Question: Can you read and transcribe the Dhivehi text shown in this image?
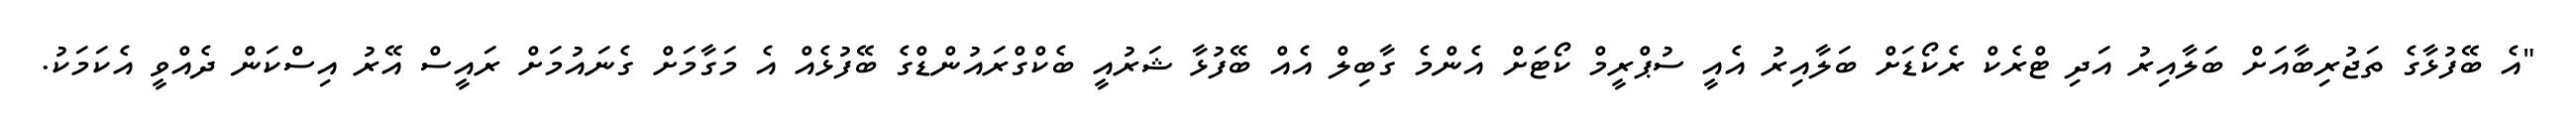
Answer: "އެ ބޭފުޅާގެ ތަޖުރިބާއަށް ބަލާއިރު އަދި ޓްރެކް ރެކޯޑަށް ބަލާއިރު އެއީ ސުޕްރީމް ކޯޓަށް އެންމެ ގާބިލް އެއް ބޭފުޅާ ޝަރުއީ ބެކްގްރައުންޑްގެ ބޭފުޅެއް އެ މަގާމަށް ގެނައުމަށް ރައީސް އޭރު އިސްކަން ދެއްވީ އެކަމަކު.